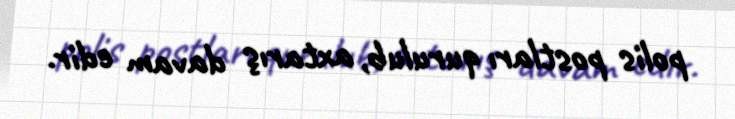
polis postları qurulub, axtarış davam edir.